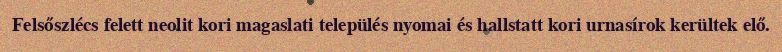
Felsőszlécs felett neolit kori magaslati település nyomai és hallstatt kori urnasírok kerültek elő.